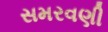
સમરવણી